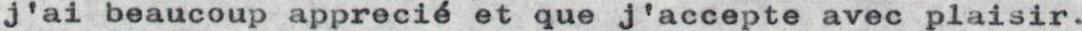
j'ai beaucoup apprecié et que j'accepte avec plaisir.